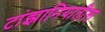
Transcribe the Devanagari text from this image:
टांझानियातील